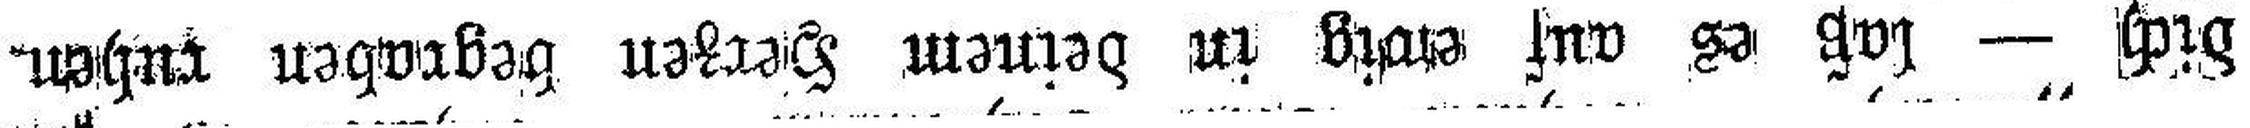
dich — laß es auf ewig in deinem Herzen begraben ruhen.